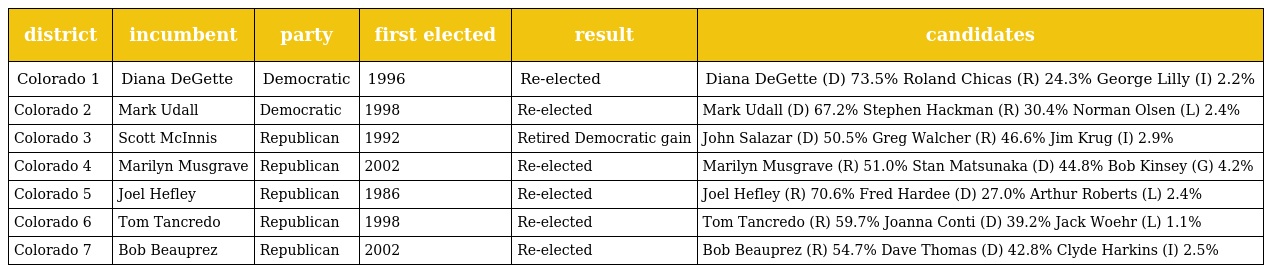
| district | incumbent | party | first elected | result | candidates |
 | --- | --- | --- | --- | --- | --- |
 | Colorado 1 | Diana DeGette | Democratic | 1996 | Re-elected | Diana DeGette (D) 73.5% Roland Chicas (R) 24.3% George Lilly (I) 2.2% |
 | Colorado 2 | Mark Udall | Democratic | 1998 | Re-elected | Mark Udall (D) 67.2% Stephen Hackman (R) 30.4% Norman Olsen (L) 2.4% |
 | Colorado 3 | Scott McInnis | Republican | 1992 | Retired Democratic gain | John Salazar (D) 50.5% Greg Walcher (R) 46.6% Jim Krug (I) 2.9% |
 | Colorado 4 | Marilyn Musgrave | Republican | 2002 | Re-elected | Marilyn Musgrave (R) 51.0% Stan Matsunaka (D) 44.8% Bob Kinsey (G) 4.2% |
 | Colorado 5 | Joel Hefley | Republican | 1986 | Re-elected | Joel Hefley (R) 70.6% Fred Hardee (D) 27.0% Arthur Roberts (L) 2.4% |
 | Colorado 6 | Tom Tancredo | Republican | 1998 | Re-elected | Tom Tancredo (R) 59.7% Joanna Conti (D) 39.2% Jack Woehr (L) 1.1% |
 | Colorado 7 | Bob Beauprez | Republican | 2002 | Re-elected | Bob Beauprez (R) 54.7% Dave Thomas (D) 42.8% Clyde Harkins (I) 2.5% |